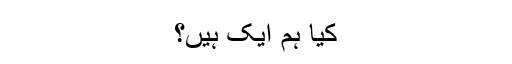
کیا ہم ایک ہیں؟